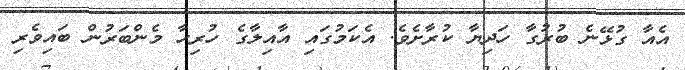
އެއާ ގުޅޭނެ ބުރުގާ ހަދިޔާ ކުރާށެވެ. އެކަމުގައި އާއިލާގެ ހުރިހާ މެންބަރުން ބައިވެރި